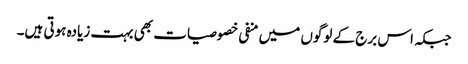
جبکہ اس برج کے لوگوں میں منفی خصوصیات بھی بہت زیادہ ہوتی ہیں۔